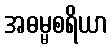
အဓမ္မစရိယာ